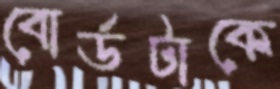
বোর্ডটাকে